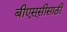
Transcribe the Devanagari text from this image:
बीएस्‌सीसाठी